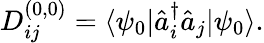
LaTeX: D_{ij}^{(0,0)}=\langle\psi_{0}|\hat{a}_{i}^{\dagger}\hat{a}_{j}|\psi_{0}\rangle.